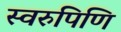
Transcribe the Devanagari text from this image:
स्वरुपिणि